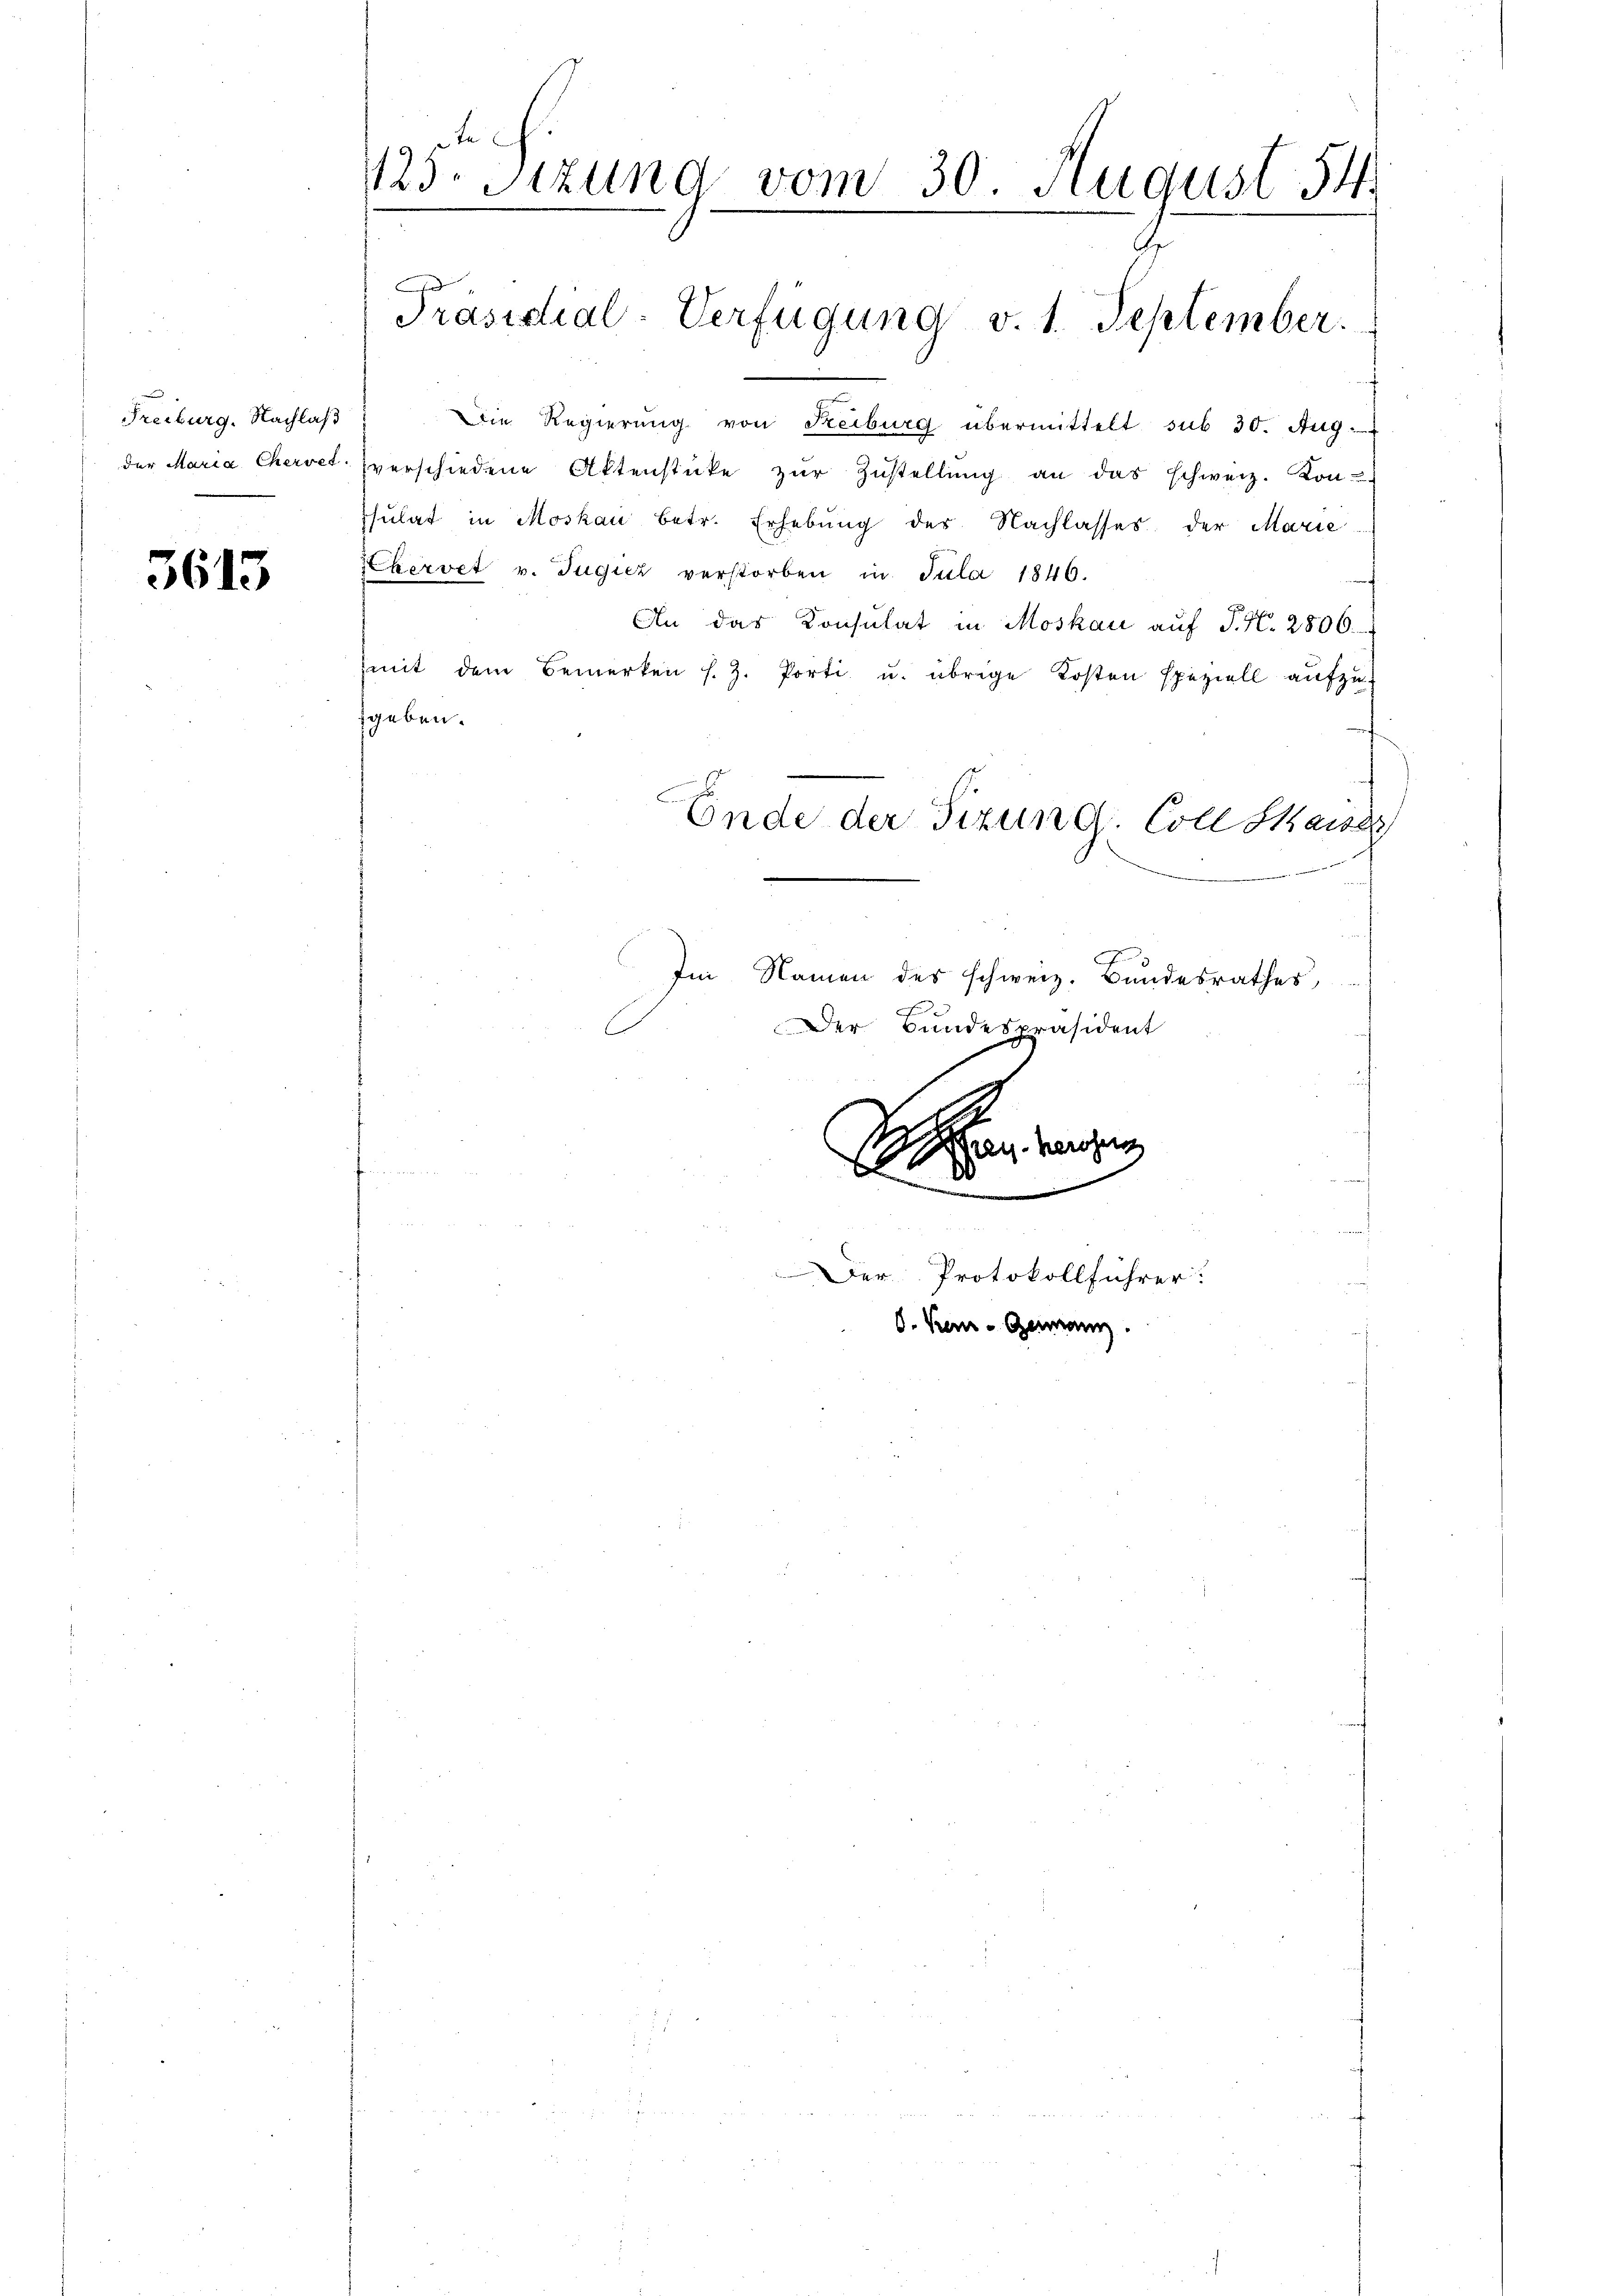
Freiburg. Nachlaß
der Maria Chervet.

5615

125. Sitzung vom 30. August 34.

Präsidial-Verfügung v. 1. September.

Die Regierung von Reiburg übermittelt sub 30. Aug.
verschiedene Aktenstücke zŭr Zŭstellŭng an das schweiz. Kon-
psulat in Moskau betr. Erhebung der Nachlasses, der Marie
kervet v. Tugicz verstorben in Juli 1846.
An das Consulat in Moskau auf P. N. 2800.
mit dem Bemerken s. Z. Porti u. übrige Kosten speziell aufzufgeben.
Ende der Sizung. Coll Saise
Im Namen des schweiz. Bundesrathes
Der Bundespräsident

han werden
Der Protokollführer:
d. Kern - Genann